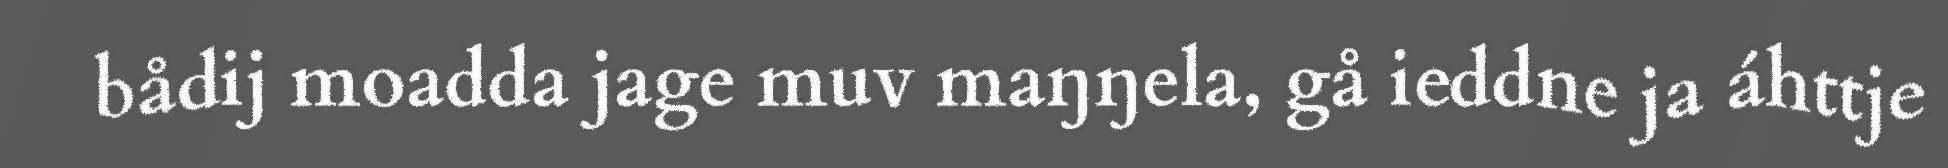
bådij moadda jage muv maŋŋela, gå ieddne ja áhttje